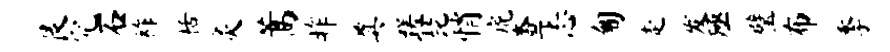
艮究石祚栝灸蒿昨奠蹉琵悄虎查忐匍走发殛璧布季